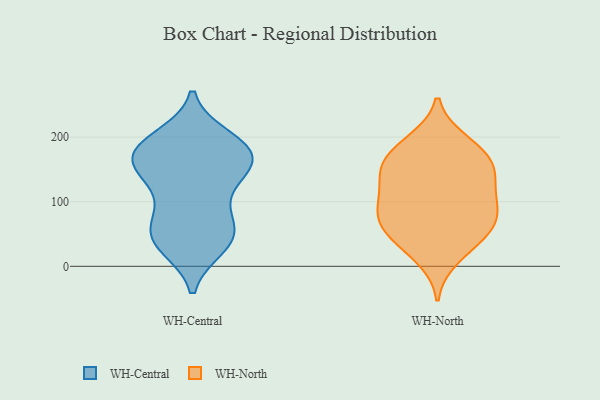
{"axis": {"x": "Tickets Resolved", "y": "Value"}, "legend": ["WH-Central", "WH-North"], "data": [{"x": "", "y": 31, "type": "WH-Central"}, {"x": "", "y": 142, "type": "WH-Central"}, {"x": "", "y": 46, "type": "WH-Central"}, {"x": "", "y": 169, "type": "WH-Central"}, {"x": "", "y": 123, "type": "WH-Central"}, {"x": "", "y": 185, "type": "WH-Central"}, {"x": "", "y": 174, "type": "WH-Central"}, {"x": "", "y": 74, "type": "WH-Central"}, {"x": "", "y": 164, "type": "WH-Central"}, {"x": "", "y": 36, "type": "WH-Central"}, {"x": "", "y": 198, "type": "WH-Central"}, {"x": "", "y": 55, "type": "WH-Central"}, {"x": "", "y": 81, "type": "WH-Central"}, {"x": "", "y": 190, "type": "WH-Central"}, {"x": "", "y": 157, "type": "WH-Central"}, {"x": "", "y": 140, "type": "WH-Central"}, {"x": "", "y": 41, "type": "WH-Central"}, {"x": "", "y": 182, "type": "WH-Central"}, {"x": "", "y": 102, "type": "WH-North"}, {"x": "", "y": 161, "type": "WH-North"}, {"x": "", "y": 77, "type": "WH-North"}, {"x": "", "y": 47, "type": "WH-North"}, {"x": "", "y": 120, "type": "WH-North"}, {"x": "", "y": 151, "type": "WH-North"}, {"x": "", "y": 195, "type": "WH-North"}, {"x": "", "y": 53, "type": "WH-North"}, {"x": "", "y": 12, "type": "WH-North"}, {"x": "", "y": 95, "type": "WH-North"}, {"x": "", "y": 174, "type": "WH-North"}, {"x": "", "y": 156, "type": "WH-North"}, {"x": "", "y": 32, "type": "WH-North"}, {"x": "", "y": 91, "type": "WH-North"}, {"x": "", "y": 70, "type": "WH-North"}, {"x": "", "y": 65, "type": "WH-North"}, {"x": "", "y": 148, "type": "WH-North"}, {"x": "", "y": 192, "type": "WH-North"}, {"x": "", "y": 130, "type": "WH-North"}]}